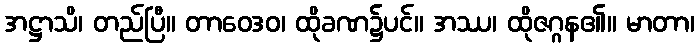
အဋ္ဌာသိ၊ တည်ပြီ။ တာဝေဒဝ၊ ထိုခဏ၌ပင်။ အဿ၊ ထိုဇဂ္ဂန၏။ မာတာ၊